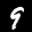
Label: 9